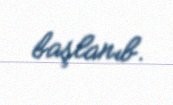
başlanıb.